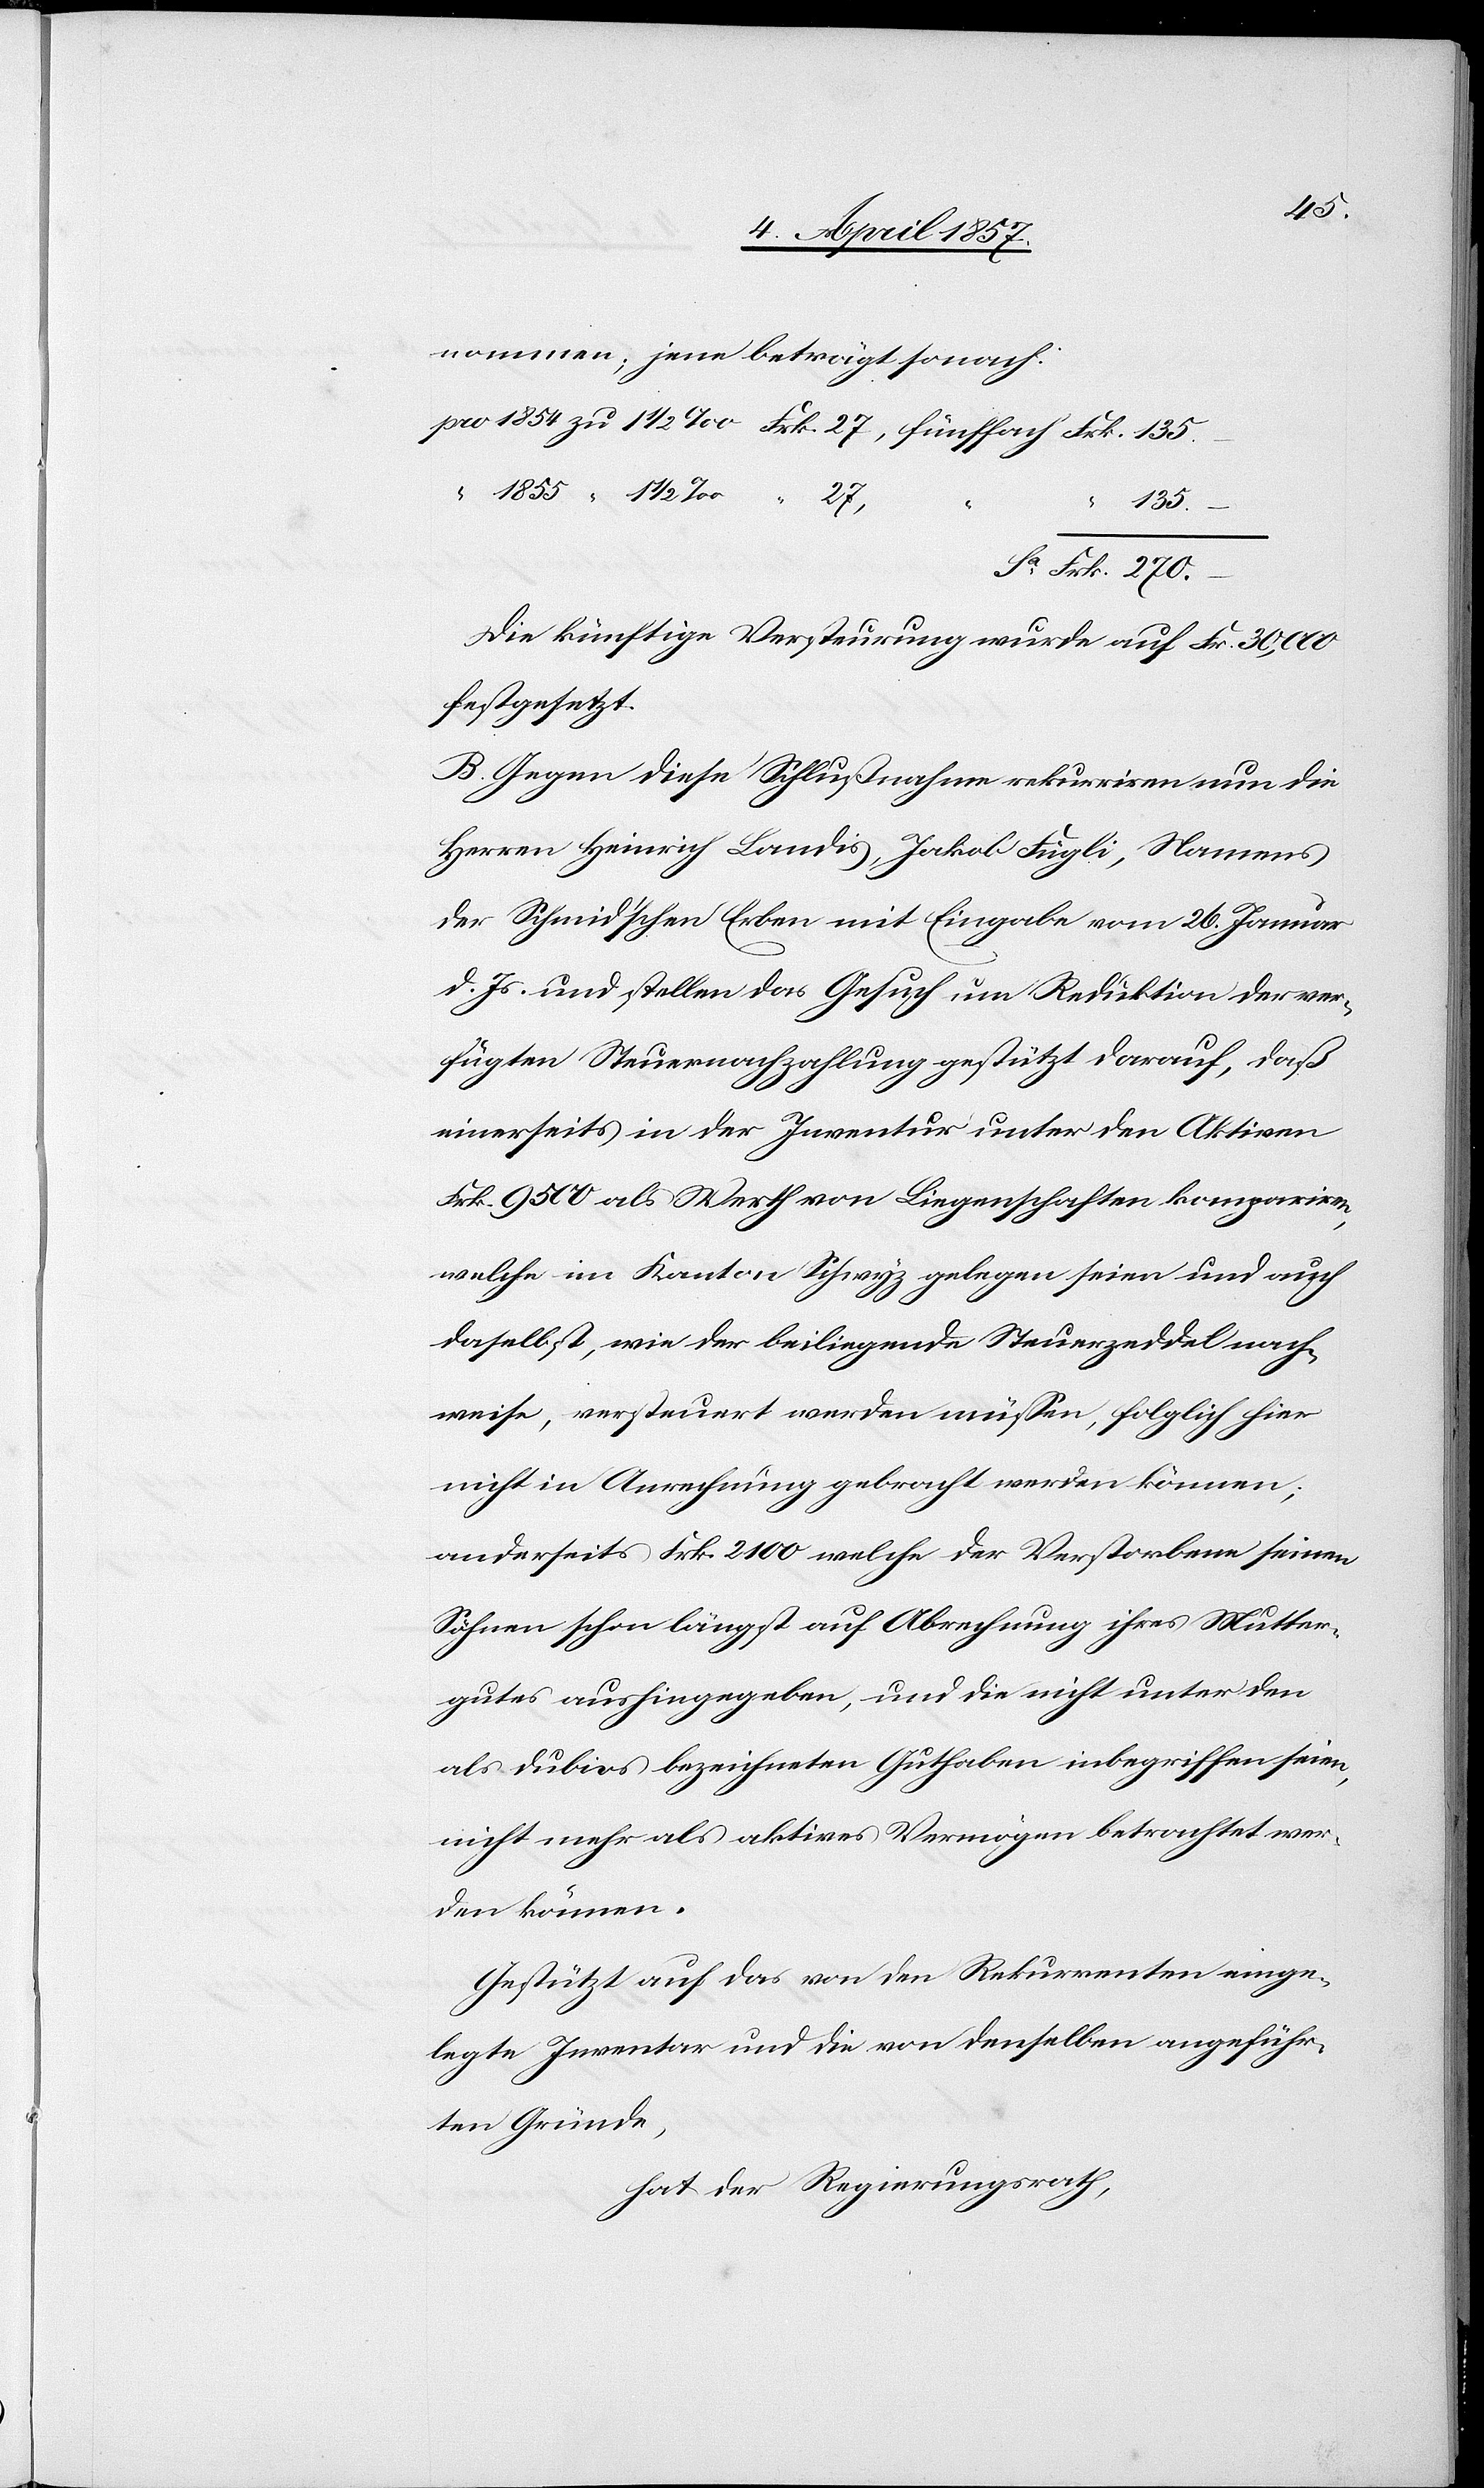
nommen; jene beträgt sonach:
270.
Frk.
135.
“
1
–
Die künftige Versteurung wurde auf Fr. 30,000
festgesetzt.
B. Gegen diese Schlußnahme rekurriren nun die
Herren Heinrich Landis, Jakob Fügli, Namens
der Schmid'schen Erben mit Eingabe vom 26. Januar
d. Js. und stellen das Gesuch um Reduktion der ver¬
fügten Steuernachzahlung gestützt darauf, daß
einerseits in der Inventur unter den Aktiven
Frk. 9500 als Werth von Liegenschaften kompariren,
welche im Kanton Schwyz gelegen seien und auch
daselbst, wie der beiliegende Steuerzeddel nach¬
weise, versteuert werden müssen, folglich hier
nicht in Anrechnung gebracht werden können;
anderseits Frk. 2100 welche der Verstorbene seinen
Söhnen schon längst auf Abrechnung ihres Mutter¬
gutes aushingegeben, und die nicht unter den
als dubios bezeichneten Guthaben inbegriffen seien,
nicht mehr als aktives Vermögen betrachtet wer¬
den können.
Gestützt auf das von den Rekurrenten einge¬
legte Inventar und die von denselben angeführ¬
ten Gründe,
hat der Regierungsrath,